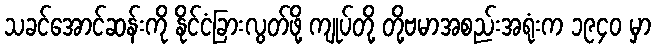
သခင်အောင်ဆန်းကို နိုင်ငံခြားလွတ်ဖို့ ကျုပ်တို့ တို့ဗမာအစည်းအရုံးက ၁၉၄၀ မှာ